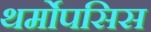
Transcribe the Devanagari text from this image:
थर्मोपसिस